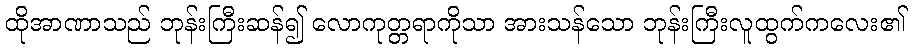
ထိုအာဏာသည် ဘုန်းကြီးဆန်၍ လောကုတ္တရာကိုသာ အားသန်သော ဘုန်းကြီးလူထွက်ကလေး၏